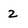
Character: 2